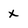
Character: x